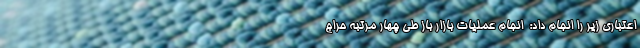
اعتباری زیر را انجام داد:  انجام عملیات بازار باز طی چهار مرتبه حراج